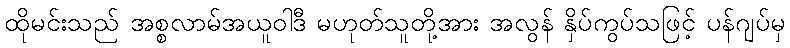
ထိုမင်းသည် အစ္စလာမ်အယူဝါဒီ မဟုတ်သူတို့အား အလွန် နှိပ်ကွပ်သဖြင့် ပန်ဂျပ်မှ